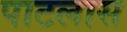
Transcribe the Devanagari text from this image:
पाटलास